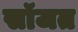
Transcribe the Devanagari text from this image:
सॉजत